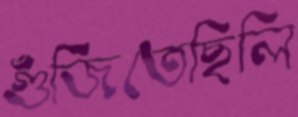
গুঁজিতেছিলি